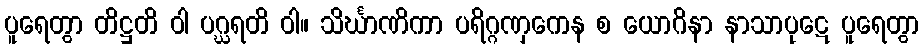
ပူရေတွာ တိဋ္ဌတိ ဝါ ပဂ္ဃရတိ ဝါ။ သိင်္ဃာဏိကာ ပရိဂ္ဂဏှကေန စ ယောဂိနာ နာသာပုဋေ ပူရေတွာ